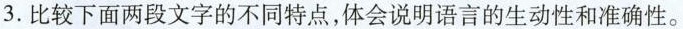
3.比较下面两段文字的不同特点，体会说明语言的生动性和准确性。